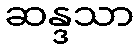
ဆန္ဒသာ